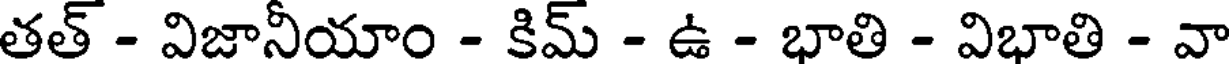
తత్ - విజానీయాం - కిమ్ - ఉ - భాతి - విభాతి - వా